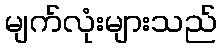
မျက်လုံးများသည်